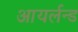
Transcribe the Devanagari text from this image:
आयर्लन्ड